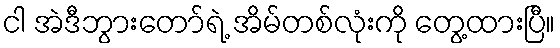
ငါ အဲဒီဘွားတော်ရဲ့ အိမ်တစ်လုံးကို တွေ့ထားပြီ။